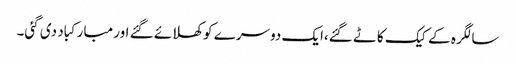
سالگرہ کے کیک کاٹے گئے،ایک دوسرے کو کھلائے گئے اور مبارکباد دی گئی۔